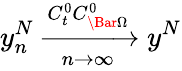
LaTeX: y_{n}^{N}\xrightarrow[n\rightarrow\infty]{C_{t}^{0}C_{\Bar{\Omega}}^{0}}y^{N}